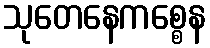
သုတေနေကစ္စေန